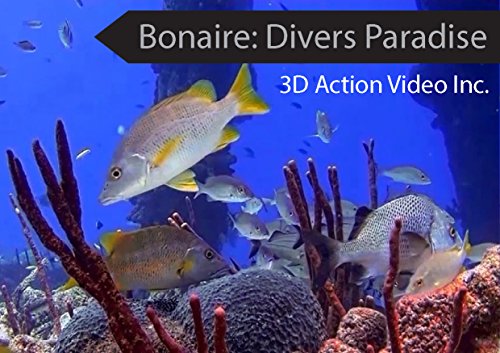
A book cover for Bonaire: Divers Paradise (Travel Guide, Dive Guide, Dive); 3D Action Video Inc.; Travel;